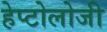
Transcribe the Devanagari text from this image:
हेप्टोलोजी